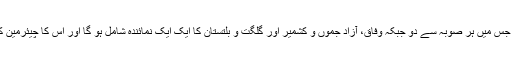
اس قانون کے مطابق حکومت پاکستان ’’قومی کمیشن برائے خواتین‘‘ قائم کرے گی جس میں ہر صوبہ سے دو جبکہ وفاق، آزاد جموں و کشمیر اور گلگت و بلتستان کا ایک ایک نمائندہ شامل ہو گا اور اس کا چیئرمین کوئی ایسا شخص ہو گا جو پندرہ سال تک خواتین کے حقوق کے لیے کام کر چکا ہو۔